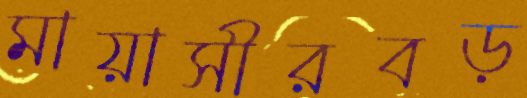
মায়াসীরবড়